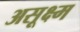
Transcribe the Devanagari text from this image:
असूक्ष्म